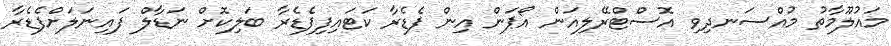
މައުލޫމާތު މުއްސަނދިވި އޮސްޓްރޭލިއަން އޯޕަން އިން ފެޑެރާ ކަޓައިފިފެޑެރާ ބަލިކޮށް ނަޑާލް ފައިނަލަށްފެޑެރާ